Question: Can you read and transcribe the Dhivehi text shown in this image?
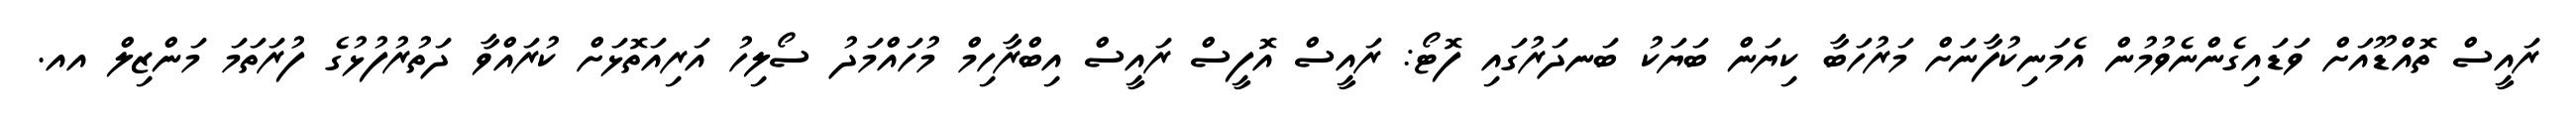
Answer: ރައީސް ތޮއްޑޫއަށް ވަޑައިގެންނެވުމުން އެމަނިކުފާނަށް މަރުހަބާ ކިޔަން ބަޔަކު ބަނދަރުގައި ފޮޓޯ: ރައީސް އޮފީސް ރައީސް އިބްރާހިމް މުހައްމަދު ސޯލިހު އަރިއަތޮޅަށް ކުރައްވާ ދަތުރުފުޅުގެ ފުރަތަމަ މަންޒިލް އއ.